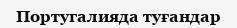
Португалияда туғандар